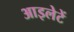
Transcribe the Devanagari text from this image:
आइलेटें